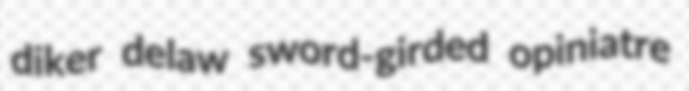
diker delaw sword-girded opiniatre